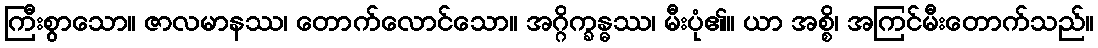
ကြီးစွာသော။ ဇာလမာနဿ၊ တောက်လောင်သော။ အဂ္ဂိက္ခန္ဓဿ၊ မီးပုံ၏။ ယာ အစ္စိ၊ အကြင်မီးတောက်သည်။